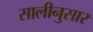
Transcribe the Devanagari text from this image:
सालीनुसार